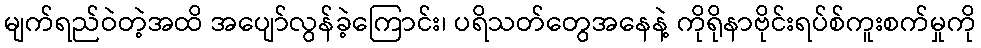
မျက်ရည်ဝဲတဲ့အထိ အပျော်လွန်ခဲ့ကြောင်း၊ ပရိသတ်တွေအနေနဲ့ ကိုရိုနာဗိုင်းရပ်စ်ကူးစက်မှုကို